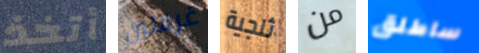
أتخذ غرفتين ثلجية من ساطلق